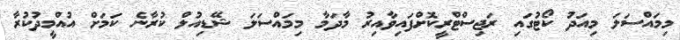
މިމައްސަލަ މިއަދު ކޯޓުގައި ރަޖިސްޓްރީކޮށްފައިވާއިރު މާދަމާ މިމައްސަލަ ޝޭޑިއުލް ކުރާނެ ކަމަށް އުއްމީދުކުރާ